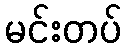
မင်းတပ်